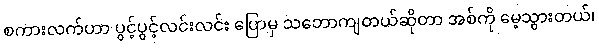
စကားလက်ဟာ ပွင့်ပွင့်လင်းလင်း ပြောမှ သဘောကျတယ်ဆိုတာ အစ်ကို မေ့သွားတယ်၊